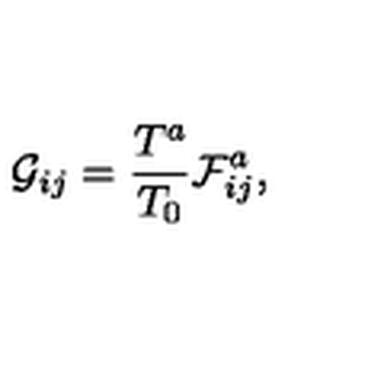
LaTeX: { \cal G } _ { i j } = { \frac { T ^ { a } } { T _ { 0 } } } { \cal F } _ { i j } ^ { a } ,